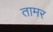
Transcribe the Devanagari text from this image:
तामर